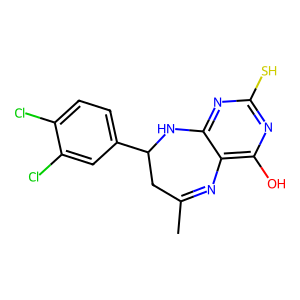
SMILES: CC1=Nc2c(O)nc(S)nc2NC(c2ccc(Cl)c(Cl)c2)C1
Inhibits HIV replication: No